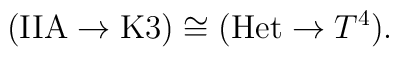
({\rm IIA} \to {\rm K3}) \cong ({\rm Het} \to T^4).